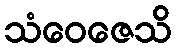
သံဝေဇေသိ